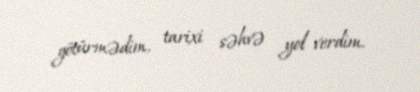
götürmədim, tarixi səhvə yol verdim.